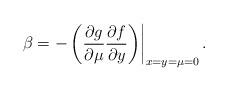
LaTeX: \begin{align*}\beta = -\left( \frac{\partial g}{\partial \mu} \frac{\partial f}{\partial y}\middle) \right|_{x = y = \mu = 0}.\end{align*}